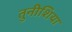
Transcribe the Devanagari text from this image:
तुनीशिया